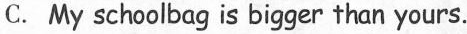
C. My schoolbag is bigger than yours.